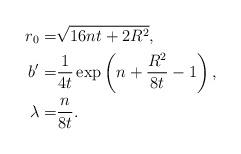
LaTeX: \begin{align*}r_0=&\sqrt{16nt+2R^2},\\b'=&\frac{1}{4t}\exp\left(n+\frac{R^2}{8t}-1\right),\\\lambda=&\frac{n}{8t}.\end{align*}